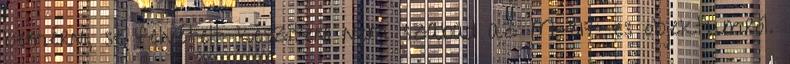
bemérni, se felvételt készíteni nem szabad az M-317-es objektumról.